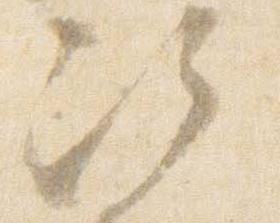
次